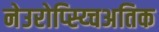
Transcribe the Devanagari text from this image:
नेउरोप्स्य्चिअतिक